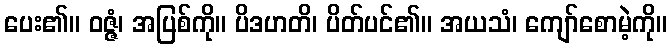
ပေး၏။ ဝဇ္ဇံ၊ အပြစ်ကို။ ပိဒဟတိ၊ ပိတ်ပင်၏။ အယသံ၊ ကျော်စောမဲ့ကို။